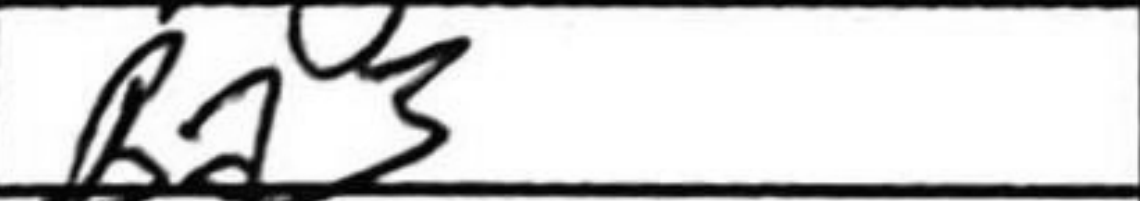
Transcription: Ba3